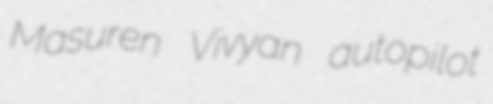
Masuren Vivyan autopilot